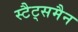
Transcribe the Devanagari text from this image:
स्टैट्समैन